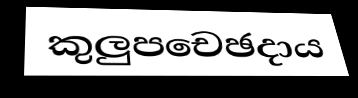
කුලුපචෙඡදාය